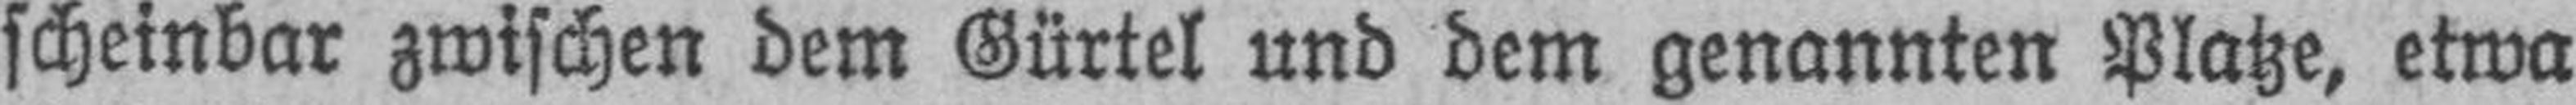
scheinbar zwischen dem Gürtel und dem genannten Platze, etwa